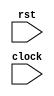
module if_id(rst, clock);

input clock, rst;

reg we;
wire flush;
reg [31:0]instruction, pc, pcJump;
	
assign flush = ex_mem.flushPrevInstr || decode.jump;
always @ (posedge clock) begin
	if (rst || flush) begin
		instruction <= 32'bx00000000000000000000000000;
	 	pc <= 0;
	 	pcJump <= 0;
	end else if (we) begin
	  instruction <= fetch.instruction;
	  pc <= fetch.pcIncr;
	  pcJump <= fetch.pcJump;
	end
end

endmodule